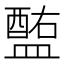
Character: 𥂧